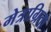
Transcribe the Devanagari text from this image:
मेत्राग्रिता